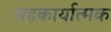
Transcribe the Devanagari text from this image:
सहकार्यात्मक